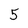
Character: 5